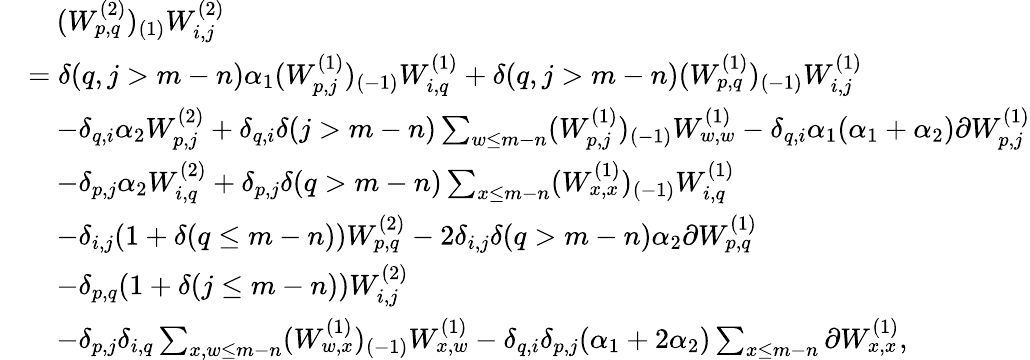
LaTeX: \begin{array}{rl}&{\quad(W_{p,q}^{(2)})_{(1)}W_{i,j}^{(2)}}\\ &{=\delta(q,j>m-n)\alpha_{1}(W_{p,j}^{(1)})_{(-1)}W_{i,q}^{(1)}+\delta(q,j>m-n)(W_{p,q}^{(1)})_{(-1)}W_{i,j}^{(1)}}\\ &{\quad-\delta_{q,i}\alpha_{2}W_{p,j}^{(2)}+\delta_{q,i}\delta(j>m-n)\sum_{w\leq m-n}(W_{p,j}^{(1)})_{(-1)}W_{w,w}^{(1)}-\delta_{q,i}\alpha_{1}(\alpha_{1}+\alpha_{2})\partial W_{p,j}^{(1)}}\\ &{\quad-\delta_{p,j}\alpha_{2}W_{i,q}^{(2)}+\delta_{p,j}\delta(q>m-n)\sum_{x\leq m-n}(W_{x,x}^{(1)})_{(-1)}W_{i,q}^{(1)}}\\ &{\quad-\delta_{i,j}(1+\delta(q\leq m-n))W_{p,q}^{(2)}-2\delta_{i,j}\delta(q>m-n)\alpha_{2}\partial W_{p,q}^{(1)}}\\ &{\quad-\delta_{p,q}(1+\delta(j\leq m-n))W_{i,j}^{(2)}}\\ &{\quad-\delta_{p,j}\delta_{i,q}\sum_{x,w\leq m-n}(W_{w,x}^{(1)})_{(-1)}W_{x,w}^{(1)}-\delta_{q,i}\delta_{p,j}(\alpha_{1}+2\alpha_{2})\sum_{x\leq m-n}\partial W_{x,x}^{(1)},}\end{array}